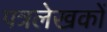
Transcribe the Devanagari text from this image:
पत्रलेखकों